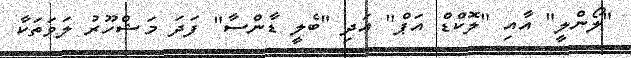
"ލޯންލީ" އާއި "ލޮކްޑް އަޕް" އަދި "ބެލީ ޑާންސާ" ފަދަ މަޝްހޫރު ލަވަތަކާ